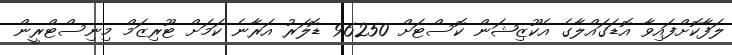
ލަފާކޮށްފައިވާ އޮޑަގައްލާގެ އެކޫޒިޝަން ކޮސްޓަށް 96250 ޑޮލަރު އަރާނެ ކަމަށް ޓޫރިޒަމް މިނިސްޓްރީން